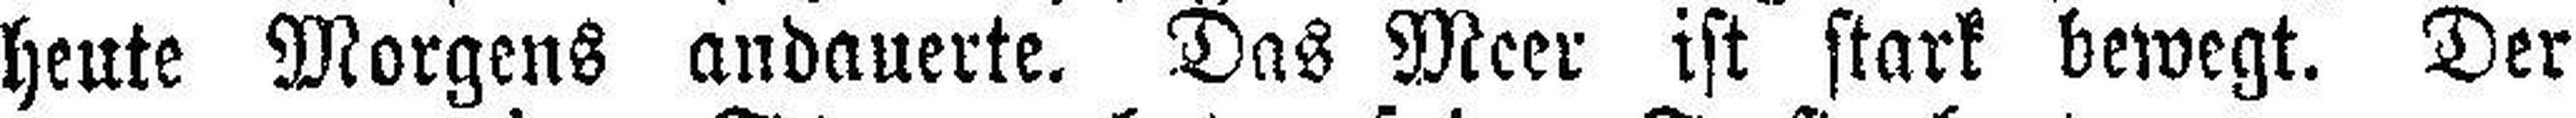
heute Morgens andauerte. Das Meer ist stark bewegt. Der